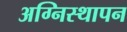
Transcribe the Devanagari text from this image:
अग्निस्थापन